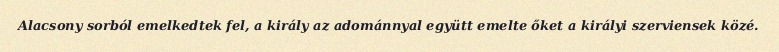
Alacsony sorból emelkedtek fel, a király az adománnyal együtt emelte őket a királyi szerviensek közé.